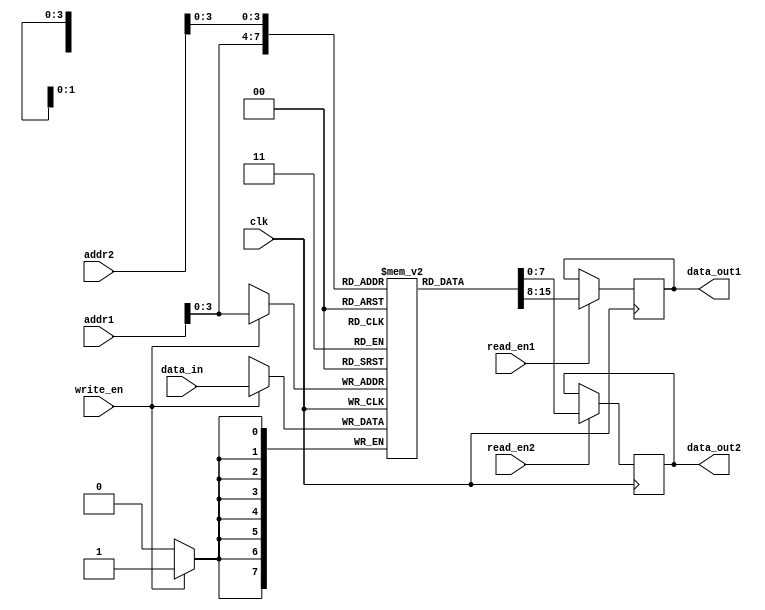
module MemoryBlocksPipelined (
    input clk,
    input [7:0] addr1,
    input [7:0] addr2,
    input [7:0] data_in,
    input write_en,
    input read_en1,
    input read_en2,
    output reg [7:0] data_out1,
    output reg [7:0] data_out2
);

reg [7:0] memory_block [0:15];

always @(posedge clk) begin
    if(write_en) begin
        memory_block[addr1] <= data_in;
    end
    
    if(read_en1) begin
        data_out1 <= memory_block[addr1];
    end
    
    if(read_en2) begin
        data_out2 <= memory_block[addr2];
    end
end

endmodule